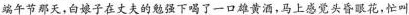
端午节那天，白娘子在丈夫的勉强下喝了一口雄黄酒，马上感觉头昏眼花，忙叫